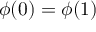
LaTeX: \phi ( 0 ) = \phi ( 1 )